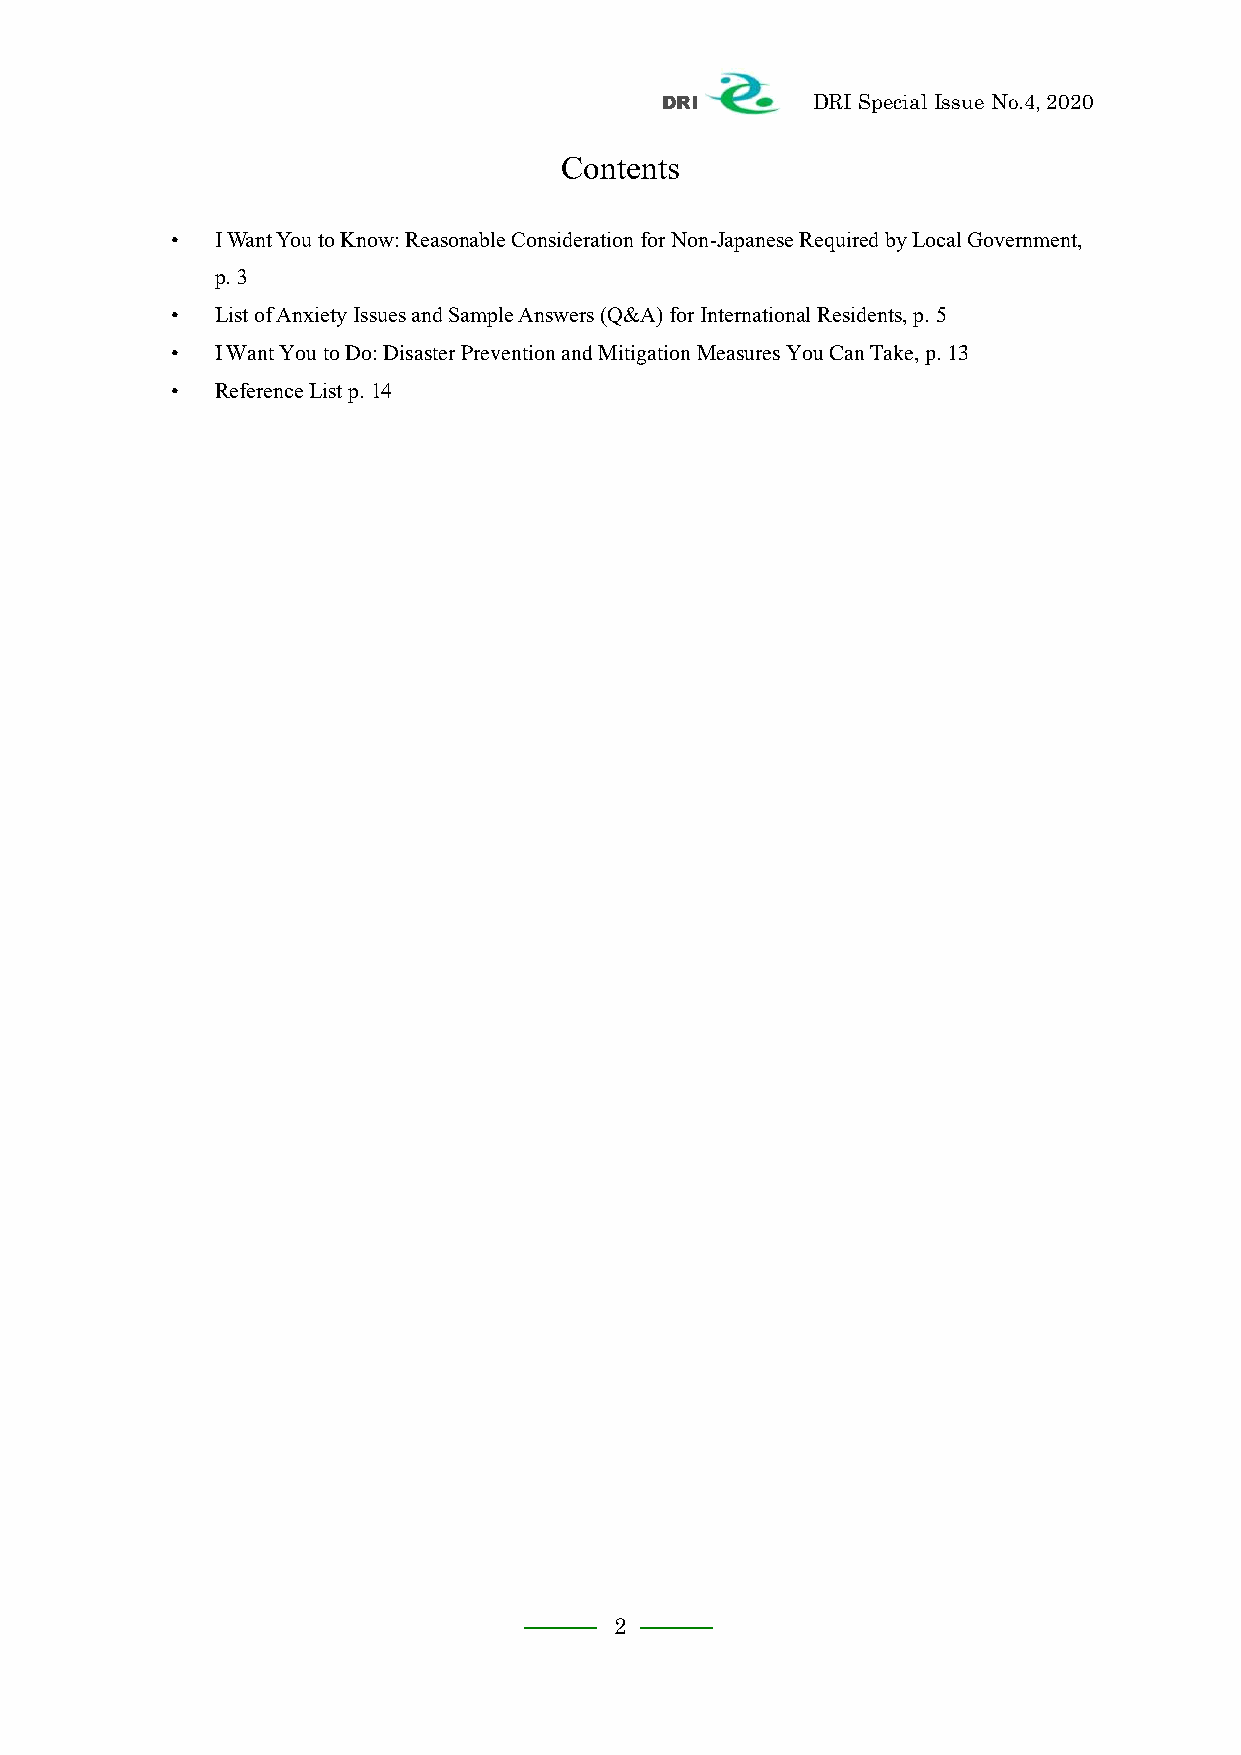
DRI       DRI Special Issue No.4, 2020
 Contents
 •  I Want You to Know: Reasonable Consideration for Non-Japanese Required by Local Government,
 p. 3
 •  List of Anxiety Issues and Sample Answers (Q&A) for International Residents, p. 5
 •  I Want You to Do: Disaster Prevention and Mitigation Measures You Can Take, p. 13
 •  Reference List p. 14
 2